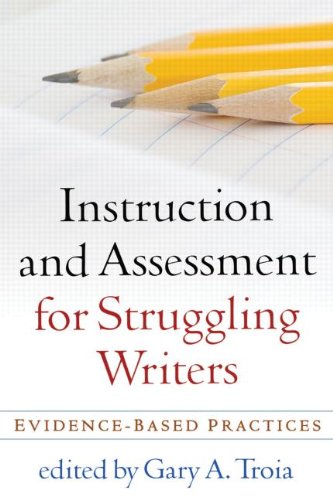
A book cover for Instruction and Assessment for Struggling Writers: Evidence-Based Practices (Challenges in Language and Literacy); Reference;